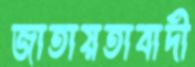
জাতায়তাবাদী